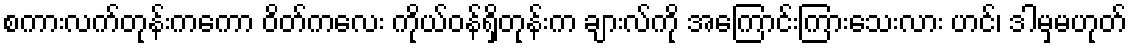
စကားလက်တုန်းကကော ဝိတ်ကလေး ကိုယ်ဝန်ရှိတုန်းက ချားလ်ကို အကြောင်းကြားသေးလား ဟင်၊ ဒါမှမဟုတ်